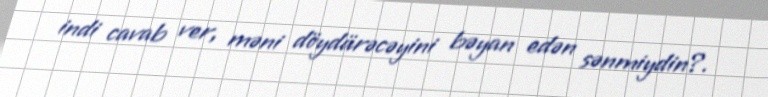
indi cavab ver, məni döydürəcəyini bəyan edən sənmiydin?.